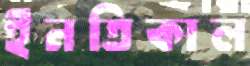
ইনতিকাল